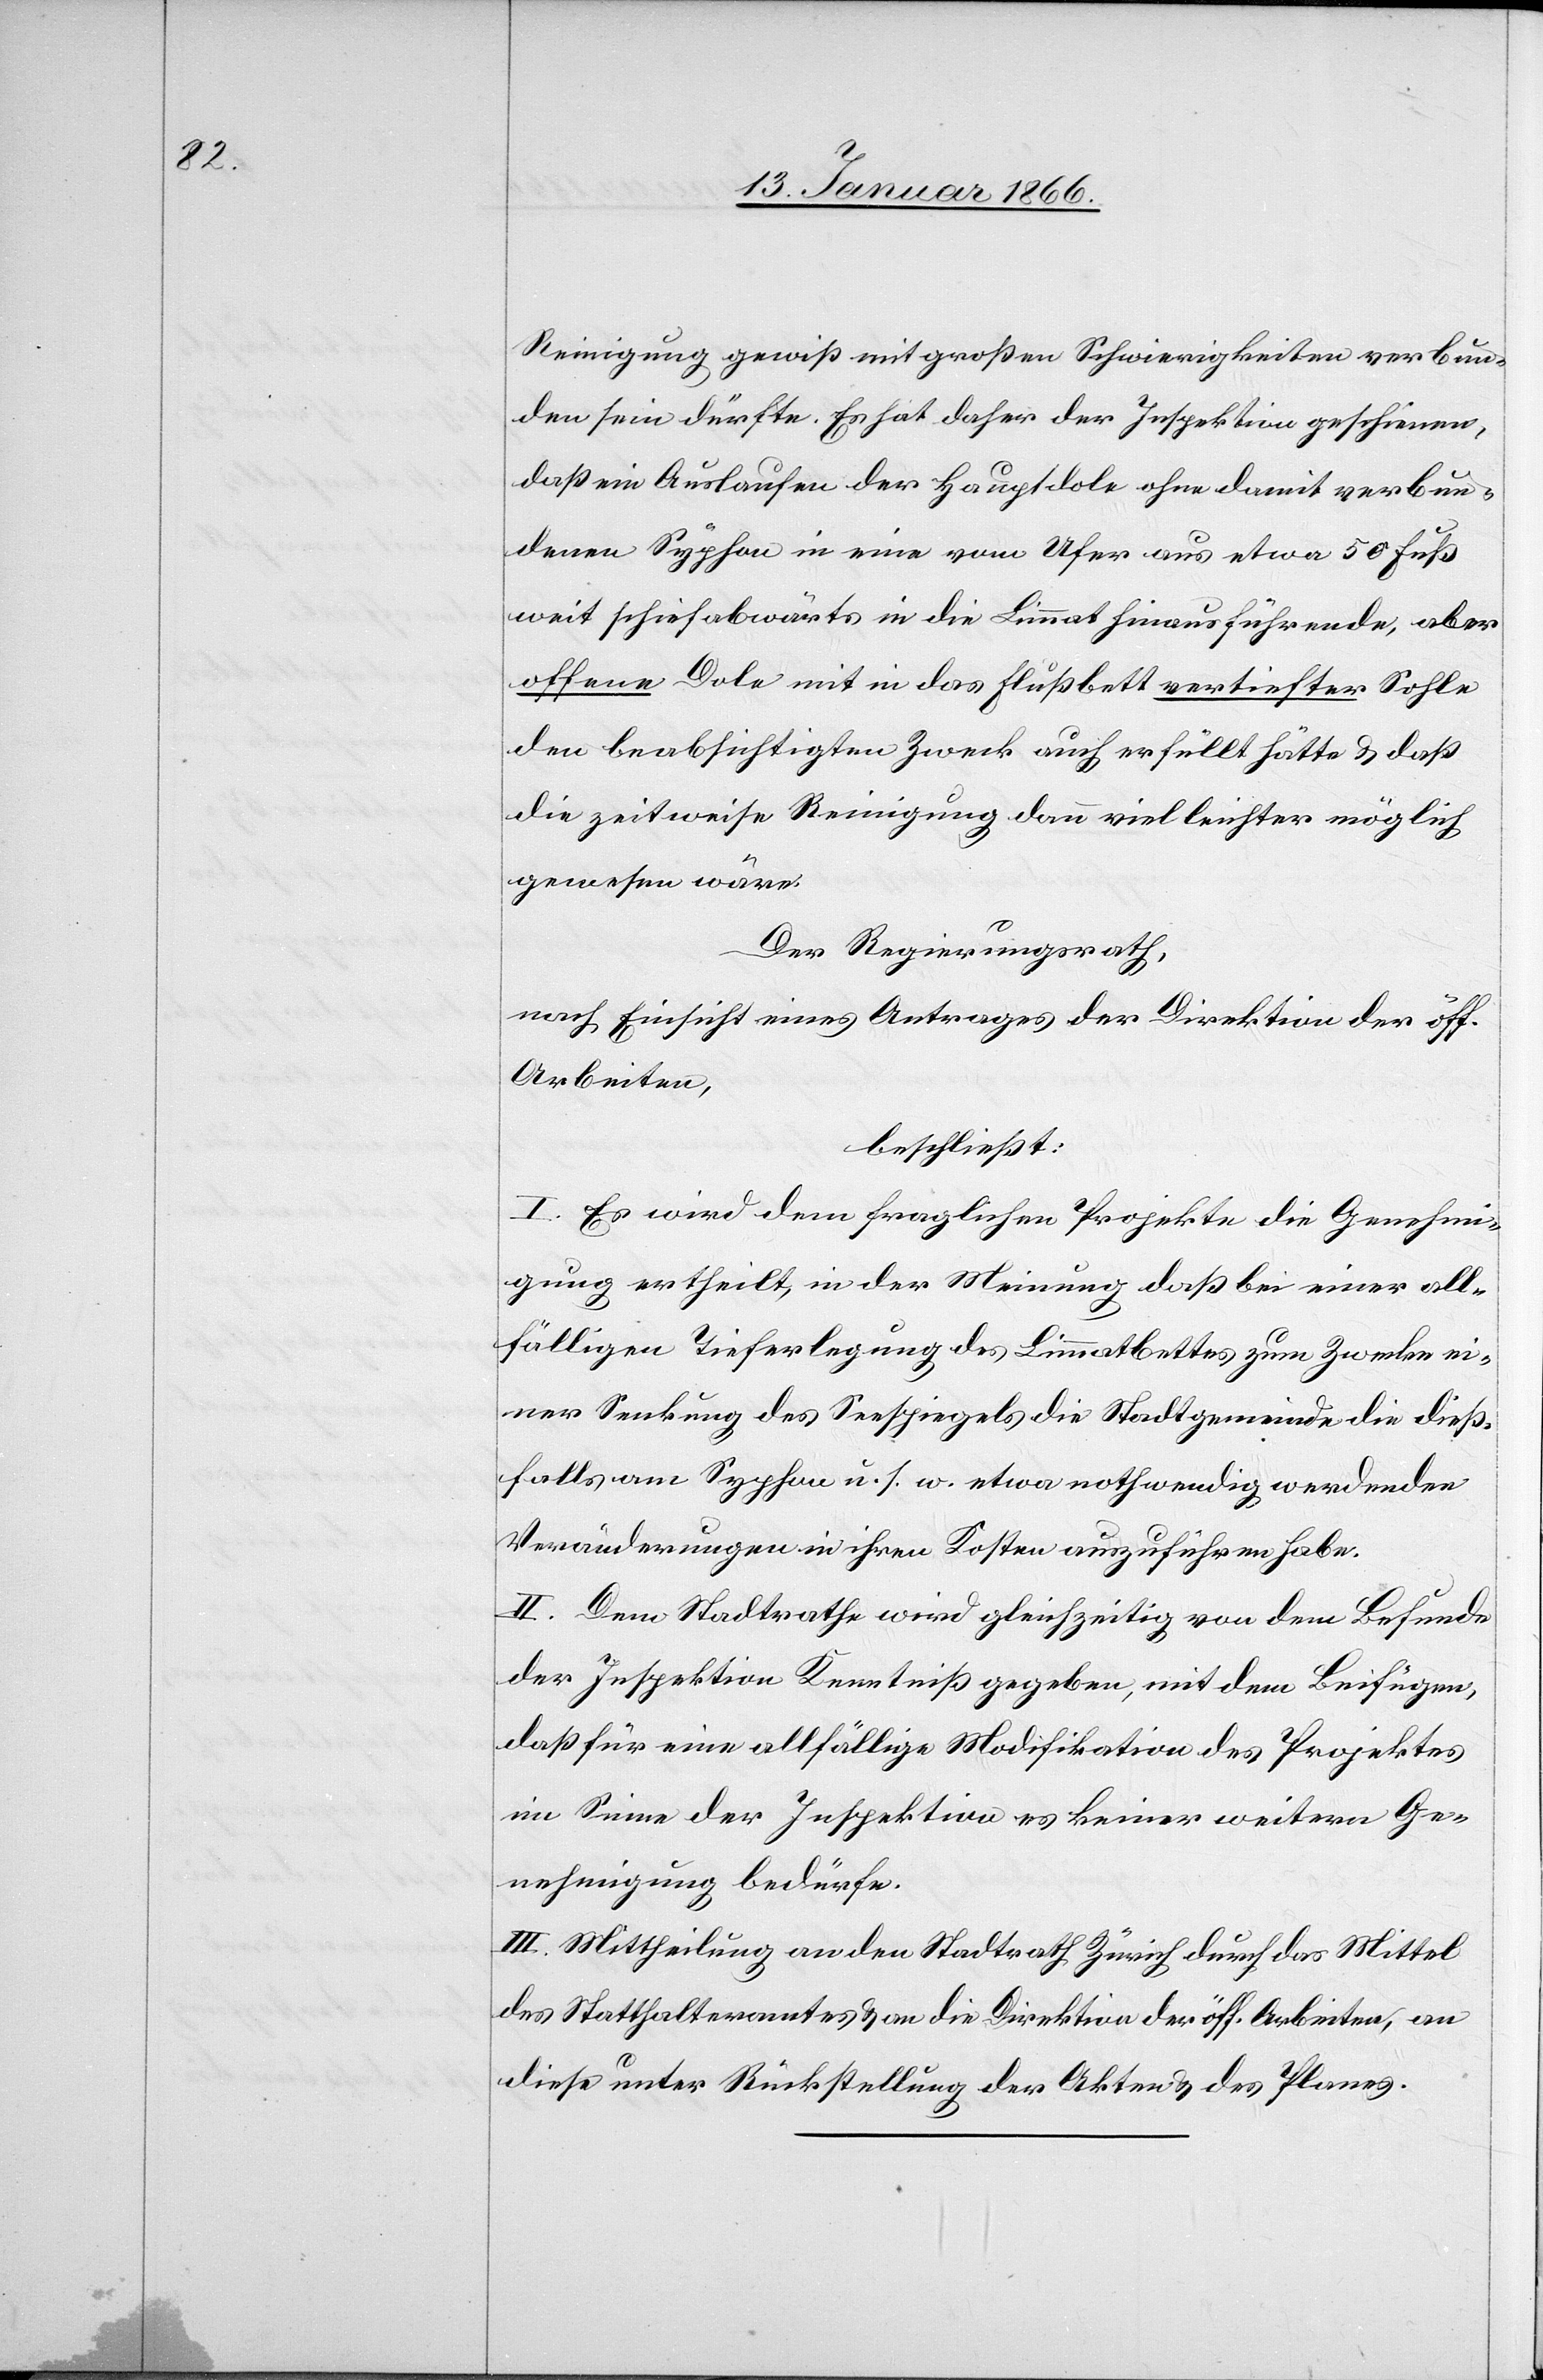
Reinigung gewiß mit großen Schwierigkeiten verbun¬
den sein dürfte. Es hat daher der Inspektion geschienen,
daß ein Auslaufen der Hauptdole ohne damit verbun¬
denen Syphon in eine vom Ufer aus etwa 50 Fuß
weit schief abwärts in die Limmat hinausführende, aber
offene Dole mit in das Flußbett vertiefter Sohle
den beabsichtigten Zweck auch erfüllt hätte u. daß
die zeitweise Reinigung dann viel leichter möglich
gewesen wäre.
Der Regierungsrath,
nach Einsicht eines Antrages der Direktion der öff.
Arbeiten,
beschließt:
I. Es wird dem fraglichen Projekte die Genehmi¬
gung ertheilt, in der Meinung, daß bei einer all¬
fälligen Tieferlegung des Limmatbettes zum Zwecke ei¬
ner Senkung des Seespiegels die Stadtgemeinde die dieß¬
falls am Syphon u. s w. etwa nothwendig werdenden
Veränderungen in ihren Kosten auszuführen habe.
II. Dem Stadtrathe wird gleichzeitig von dem Befunde
der Inspektion Kenntniß gegeben, mit den Beifügen
daß für eine allfällige Modifikation des Projektes
im Sinne der Inspektion es keiner weitern Ge¬
nehmigung bedürfe.
III. Mittheilung an den Stadtrath Zürich durch das Mittel
des Statthalteramtes u. an die Direktion der öff. Arbeiten, an
diese unter Rückstellung der Akten u. des Planes.